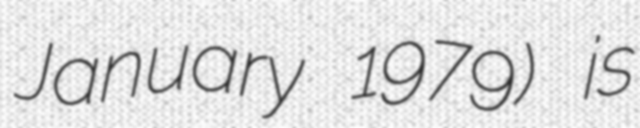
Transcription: January 1979) is